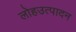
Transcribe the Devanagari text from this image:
लोहउत्पादन